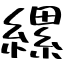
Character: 縲